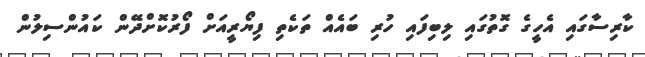
ކާރިސާގައި އެހީގެ ގޮތުގައި ލިބިފައި ހުރި ބައެއް ތަކެތި ފިޔޯރީއަށް ފޯރުކޮށްދޭން ކައުންސިލުން